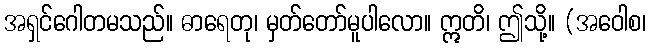
အရှင်ဂေါတမသည်။ ဓာရေတု၊ မှတ်တော်မူပါလော။ ဣတိ၊ ဤသို့။ (အဝေါစ၊